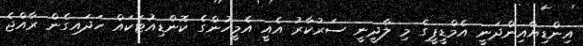
އިންޑިޔާއިންދަނީ އެމްޑީޕީގެ މި ލާދީނީ ސަރުކާރު އެއީ އެމީހުންގެ ކޮންޑިއުޓަކައް ހަދައިގެން ރާއްޖެ